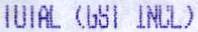
TOTAL (GST INCL)